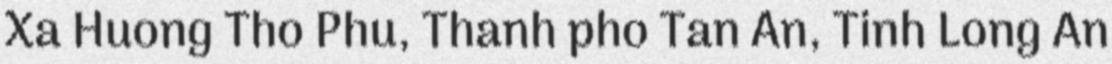
Xa Huong Tho Phu, Thanh pho Tan An, Tinh Long An